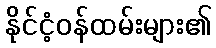
နိုင်ငံ့ဝန်ထမ်းများ၏